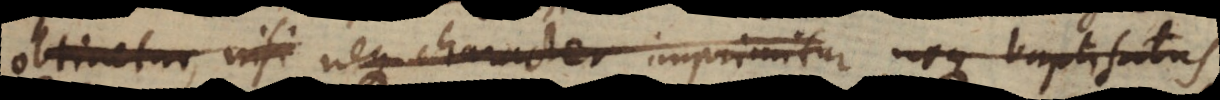
obtinetur, nisi neque character imprimitur, neque baptisatus